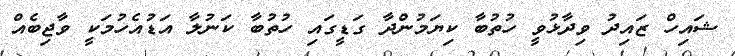
ޝައިހް ޒައިދު ވިދާޅުވީ ހުތުބާ ކިޔަމުންދާ ގަޑީގައި ހުތުބާ ކަނުލާ އަޑުއެހުމަކީ ވާޖިބެއް